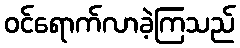
ဝင်ရောက်လာခဲ့ကြသည်